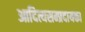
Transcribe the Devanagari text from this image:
आदित्यसम्प्रदायका